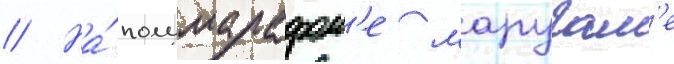
// На́ полумарафон'е маругам'е